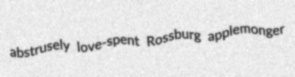
abstrusely love-spent Rossburg applemonger